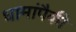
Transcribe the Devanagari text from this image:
धामांपैकी